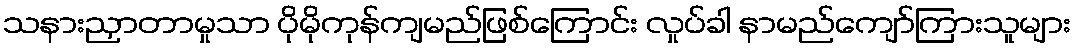
သနားညှာတာမှုသာ ပိုမိုကုန်ကျမည်ဖြစ်ကြောင်း လှုပ်ခါ နာမည်ကျော်ကြားသူများ